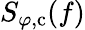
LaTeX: S_{\varphi,\mathrm{c}}(f)